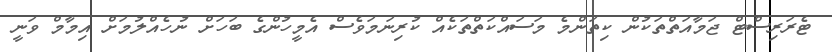
ޓެރަރިސްޓް ޖަމާއަތްތަކުން ކިތަންމެ މަސައްކަތްތަކެއް ކުރިނަމަވެސް އެމީހުންގެ ބަހަށް ނުހެއްލުމަށް އިމާމް ވަނީ